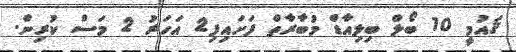
ޤައުމީ 10 ބޯލް ބިލިއާޑް މުބާރާތް ފަށައިފި2 އަހަރު 2 މަސް ކުރިން.